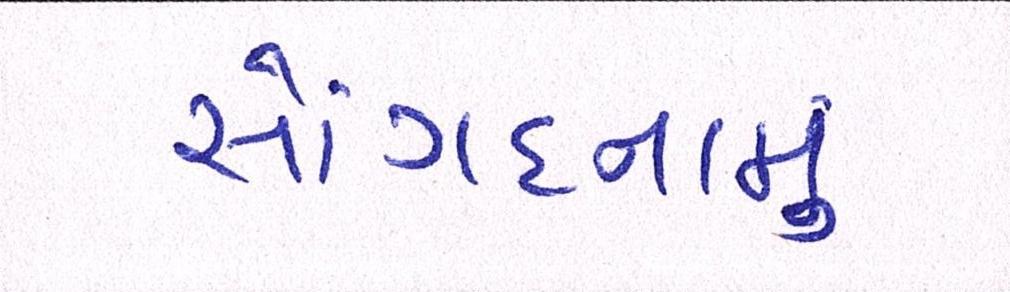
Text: સોંગદનામું